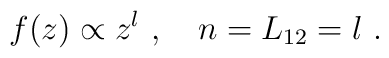
f(z) \propto z^l\ ,\quad n = L_{12} = l\ .